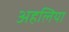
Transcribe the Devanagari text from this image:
अहलिया